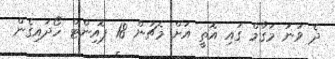
ދެ ވަނަ މަގާމް ގައި އޮތީ އަށް މެޗުން 18 ޕޮއިންޓް ހޯދައިގެން